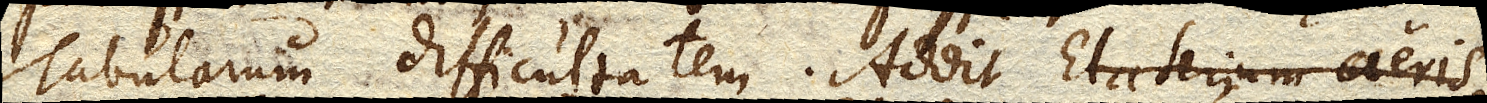
Tabularum difficultatem. Addit Elaterium aeris